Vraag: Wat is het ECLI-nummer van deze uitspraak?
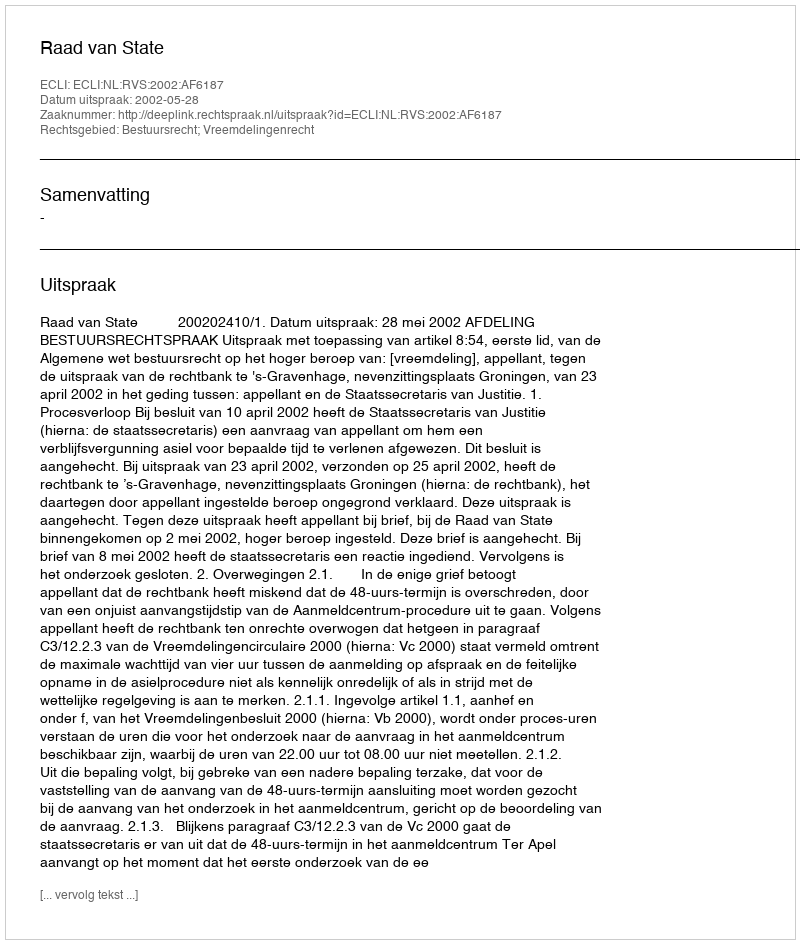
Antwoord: ECLI:NL:RVS:2002:AF6187